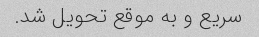
سریع و به موقع تحویل شد.